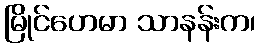
မြိုင်ဟေမာ သာနန်းက၊